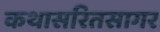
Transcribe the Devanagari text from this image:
कथासरितसागर